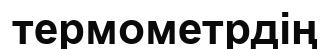
термометрдің